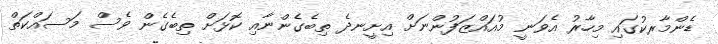
ޑެންމާރކުގައި މިހާރު އެވަނީ މުއައްޒަފުންނަށް އިށީނދެ ތިބެގެންނާއި ކޮޅަށް ތިބެގެން ވެސް މަސައްކަތް